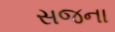
સજના